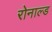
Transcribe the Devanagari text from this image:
रोनाल्‍ड